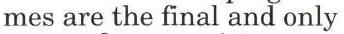
mes are the final and only